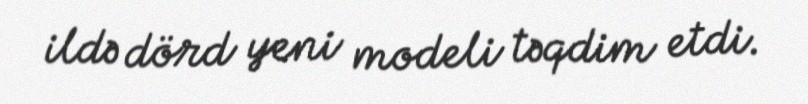
ildə dörd yeni modeli təqdim etdi.